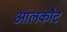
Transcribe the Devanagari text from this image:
आलकौट